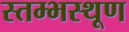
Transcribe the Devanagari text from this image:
स्तम्भस्थूण